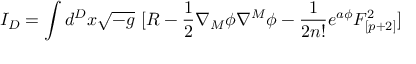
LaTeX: I _ { D } = \int d ^ { D } x \sqrt { - g } ~ [ R - { \frac { 1 } { 2 } } \nabla _ { M } \phi \nabla ^ { M } \phi - { \frac { 1 } { 2 n ! } } e ^ { a \phi } F _ { [ p + 2 ] } ^ { 2 } ]